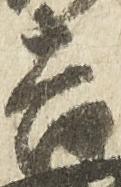
吉